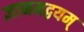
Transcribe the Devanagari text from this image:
ज्ञानमद्वयम्‌